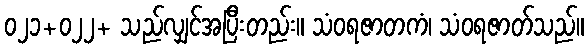
၀၂၁+၀၂၂+ သည်လျှင်အပြီးတည်း။ သံဝရဇာတကံ၊ သံဝရဇာတ်သည်။